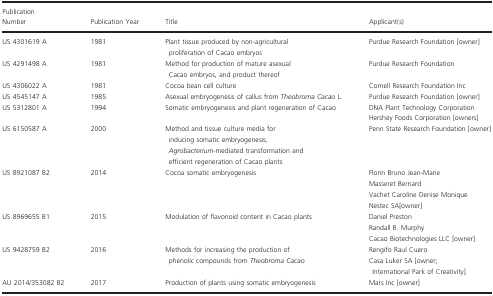
| Publication Number | Publication Year | Title | Applicant(s) |
 | --- | --- | --- | --- |
 | US 4301619 A | 1981 | Plant tissue produced by non‐agricultural proliferation of Cacao embryos | Purdue Research Foundation [owner] |
 | US 4291498 A | 1981 | Method for production of mature asexual Cacao embryos, and product thereof | Purdue Research Foundation |
 | US 4306022 A | 1981 | Cocoa bean cell culture | Cornell Research Foundation Inc |
 | US 4545147 A | 1985 | Asexual embryogenesis of callus from Theobroma Cacao L. | Purdue Research Foundation [owner] |
 | <ROWSPAN=2> US 5312801 A | <ROWSPAN=2> 1994 | <ROWSPAN=2> Somatic embryogenesis and plant regeneration of Cacao | DNA Plant Technology Corporation |
 | Hershey Foods Corporation [owners] |
 | US 6150587 A | 2000 | Method and tissue culture media for inducing somatic embryogenesis, Agrobacterium‐mediated transformation and efficient regeneration of Cacao plants | Penn State Research Foundation [owner] |
 | <ROWSPAN=4> US 8921087 B2 | <ROWSPAN=4> 2014 | <ROWSPAN=4> Cocoa somatic embryogenesis | Florin Bruno Jean‐Marie |
 | Masseret Bernard |
 | Vachet Caroline Denise Monique |
 | Nestec SA[owner] |
 | <ROWSPAN=3> US 8969655 B1 | <ROWSPAN=3> 2015 | <ROWSPAN=3> Modulation of flavonoid content in Cacao plants | Daniel Preston |
 | Randall B. Murphy |
 | Cacao Biotechnologies LLC [owner] |
 | <ROWSPAN=2> US 9428759 B2 | <ROWSPAN=2> 2016 | <ROWSPAN=2> Methods for increasing the production of phenolic compounds from Theobroma Cacao | Rengifo Raul Cuero |
 | Casa Luker SA [owner; International Park of Creativity] |
 | AU 2014/353082 B2 | 2017 | Production of plants using somatic embryogenesis | Mars Inc [owner] |